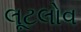
લૂટલોવ